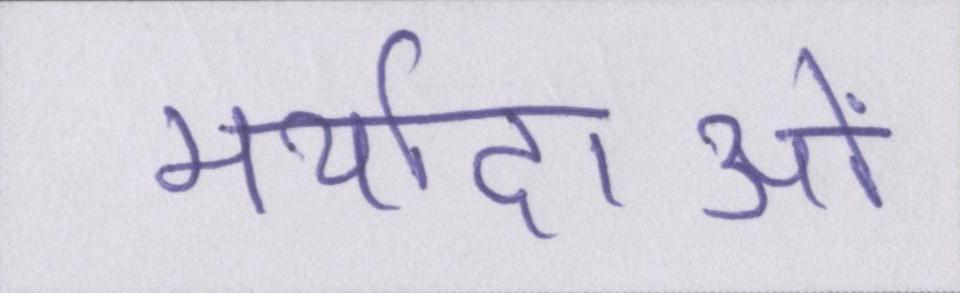
मर्यादाओं